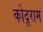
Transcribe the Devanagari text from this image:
कोदूराम